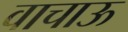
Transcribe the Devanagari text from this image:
वाचाऊ